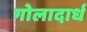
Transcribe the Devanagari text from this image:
गोलादार्ध